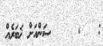
: